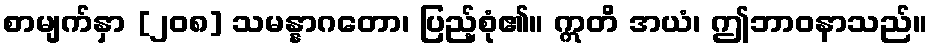
စာမျက်နှာ [၂၀၈] သမန္နာဂတော၊ ပြည့်စုံ၏။ ဣတိ အယံ၊ ဤဘာဝနာသည်။